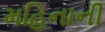
મહિનાની